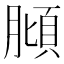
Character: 𱼖